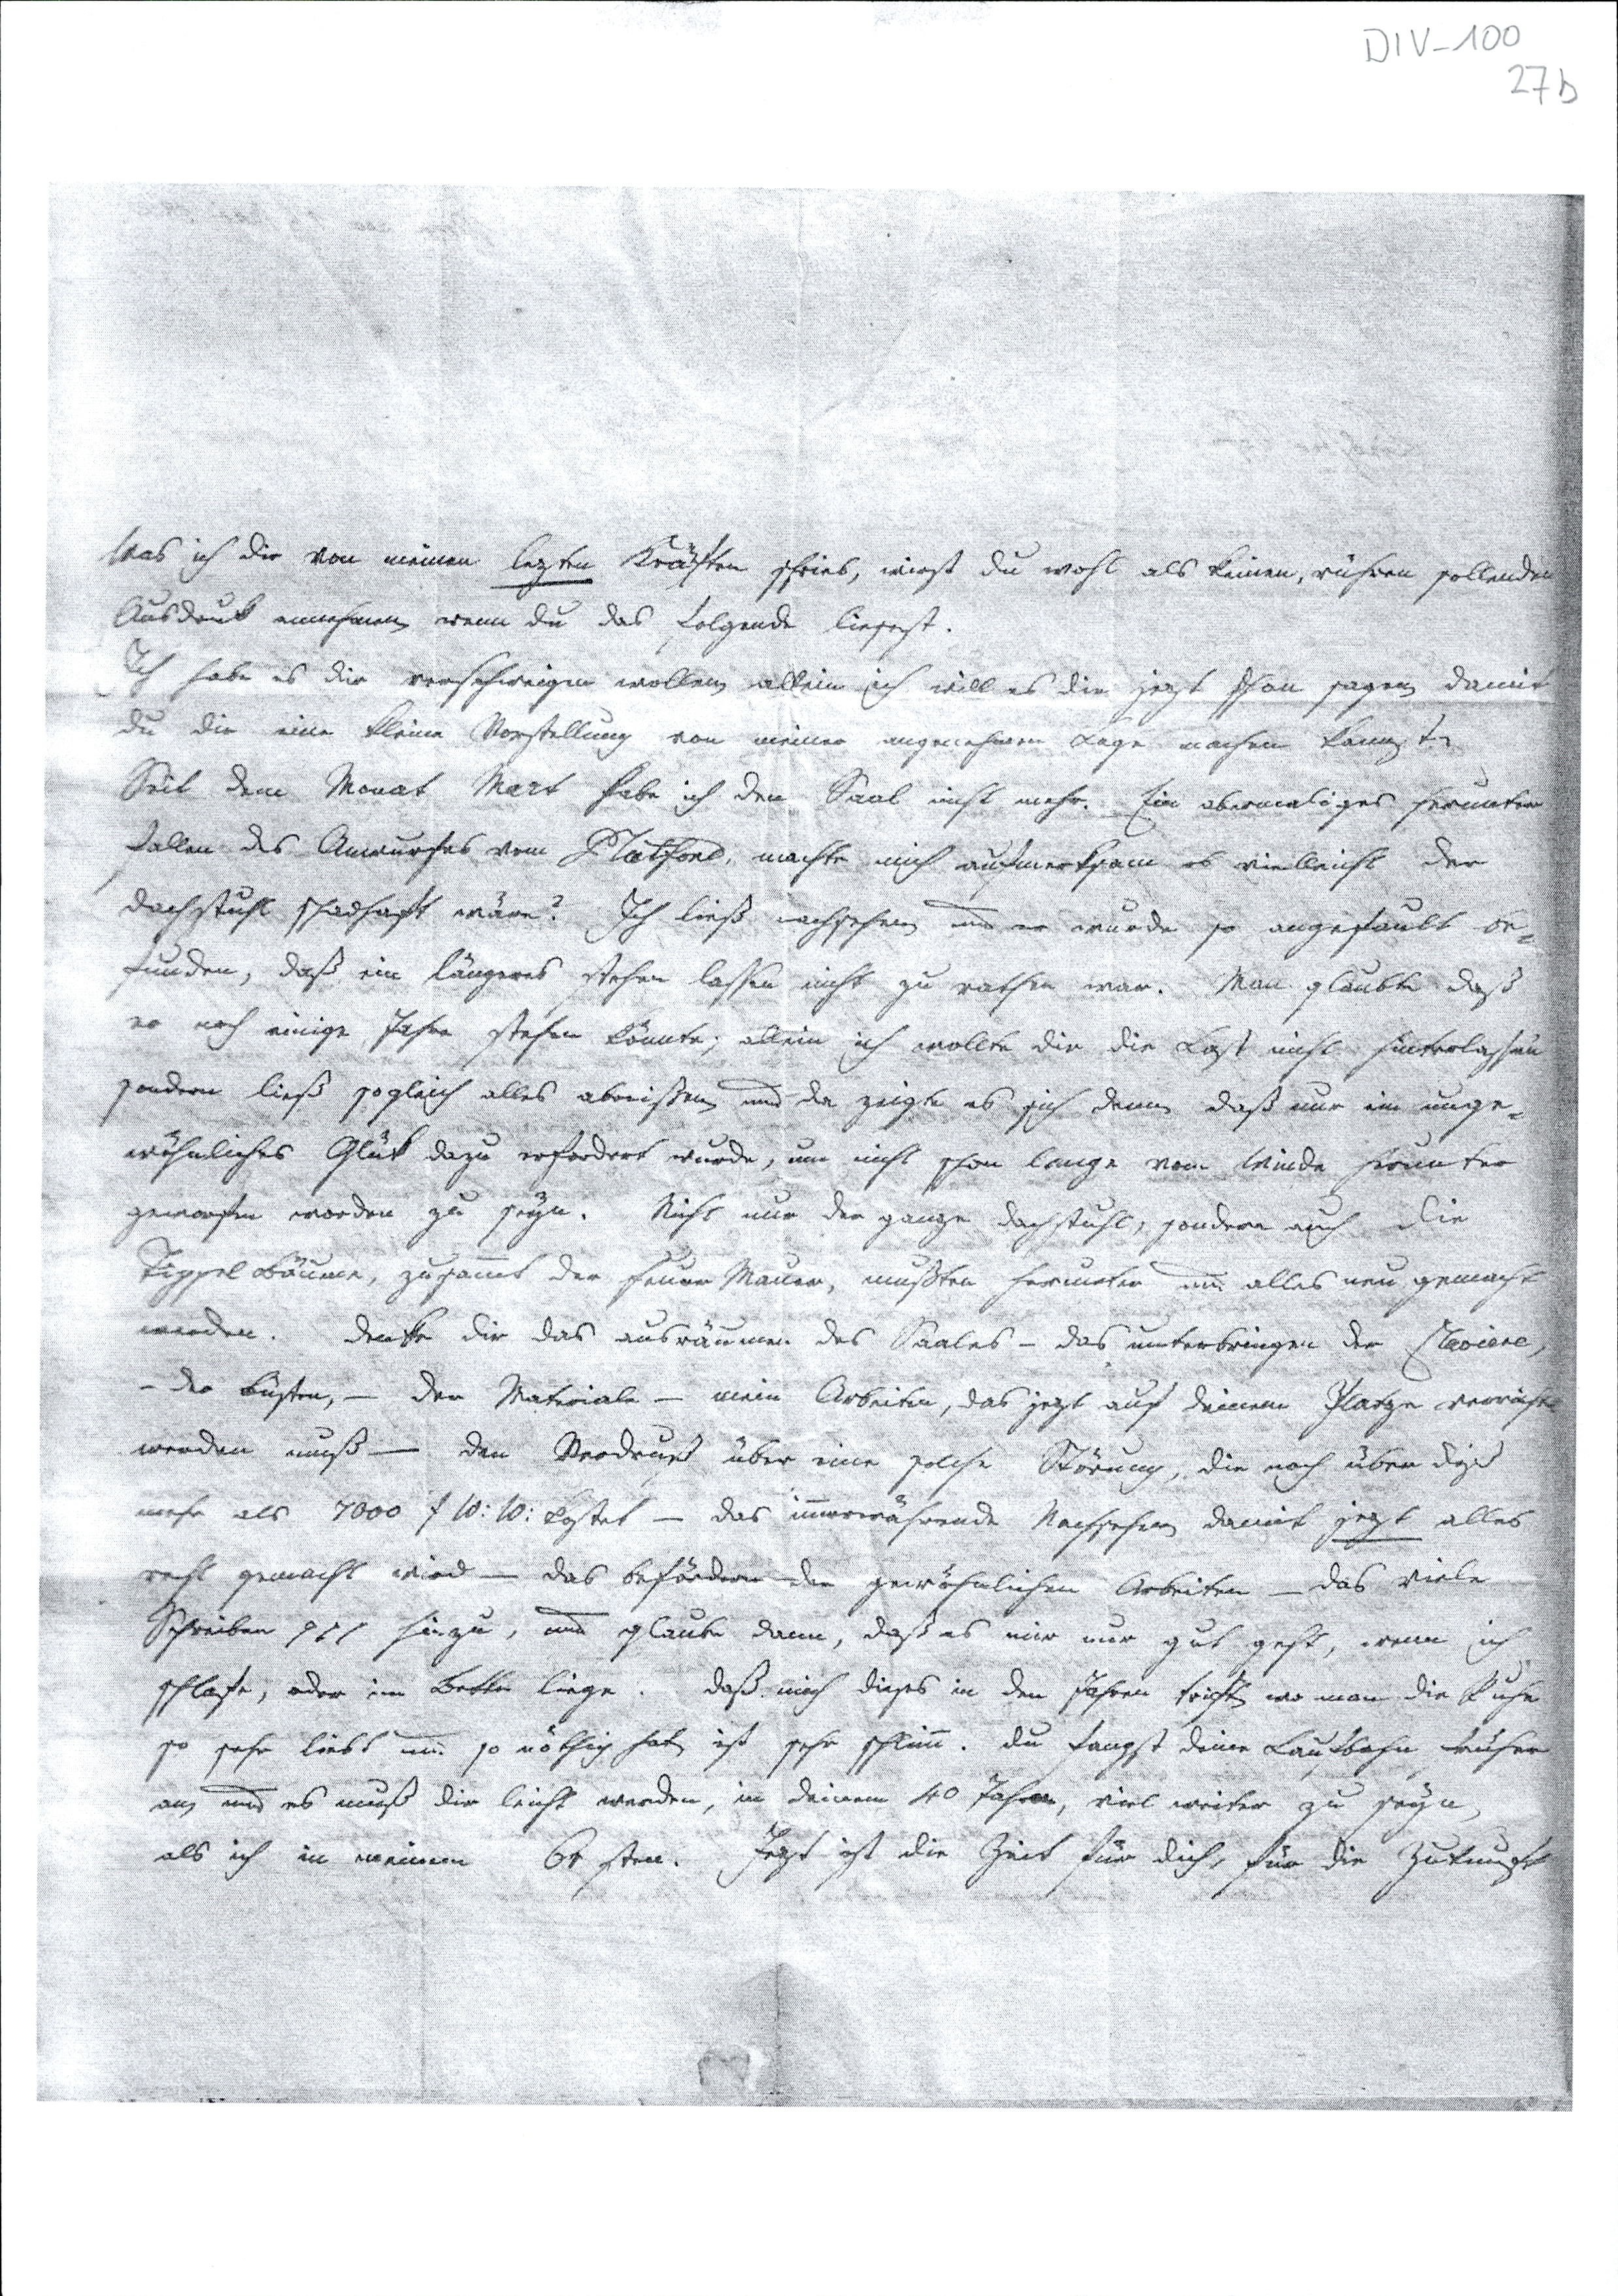
Was ich Dir von meinen letzten Kräften schrieb, weist Du wohl als keinen, rühren sollenden
Ausdruck annehmen wenn du das folgende liesest.
Ich habe es Dir verschweigen wollen allein ich will es Dir jetzt schon sagen, damit
Du Dir eine kleine Vorstellung von meiner angenehmen Lage machen kannst.
Seit dem Monat Mart habe ich den Saal nicht mehr. Ein abermaliges herunter
fallen des Anwurfes vom Platfone, machte mich aufmerksam es vielleicht der
Dachstuhl schadhaft wäre? Ich ließ nachsehen und er wird so angefault be¬
funden, daß ein längeres stehen lassen nicht zu rathen war. Man glaubte daß
er noch einige Jahre stehen könnte, allein ich wollte Dir die Last nicht hinterlassen
sondern ließ sogleich alles abreißen und da zeigte es sich dann, daß nur ein unge¬
wöhnliches Glück dazu erfordert wurde, um nicht schon lange vom Winde herunter
geworfen worden zu seyn. Nicht nur der ganze Dachstuhl, sondern auch die
Tippel Bäume, zusammt der feuer Mauer, mußten herunter und alles neu gemacht
werden. Denke Dir das ausräumen des Saales - das unterbringen der Claviere,
- der Luster, - der Materiale - mein Arbeiten, das jetzt auf Deinem Platze verwahrt
werden muß - Den Verdruß über eine solche Störung, die noch über diss
mehr als 7000 f 10 : 10: kostet - das immerwährende Nachgehen damit jetzt alles
recht gemacht wird - das befördern der gewöhnlichen Arbeiten - das viele
Schreiben 911 hinzu, und glaube dann, daß es mir nun gut geht, wenn ich
schlafe, oder im Bette liege. Daß mich dieses in den Jahren trifft, wo man die Ruhe
so sehr liebt und so nöthing hat ist sehr schlimm: Du fängst deine Laufbahn früher
an und es muß dir leicht werden, in deinem 40 Jahren, viel weiter zu seyn,
als ich in meinen 61 sten. Jetzt ist die Zeit für dich, für die Zukunft